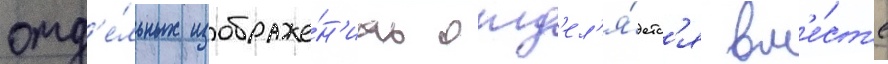
отд'е́льных изображе́н'иах отд'ел'я́етс'я вм'е́ст'е